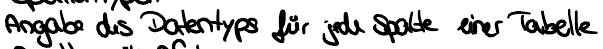
Angabe des Datentyps für jede Spalte einer Tabelle